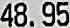
48.95